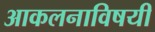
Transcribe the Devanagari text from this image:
आकलनाविषयी